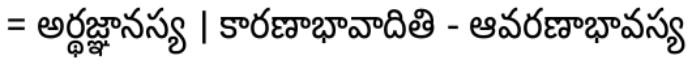
= అర్థజ్ఞానస్య । కారణాభావాదితి - ఆవరణాభావస్య